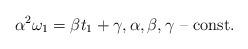
LaTeX: \begin{align*} \alpha^2\omega_1=\beta t_1+\gamma,\mbox{$\alpha,\beta,\gamma$ -- const}.\end{align*}